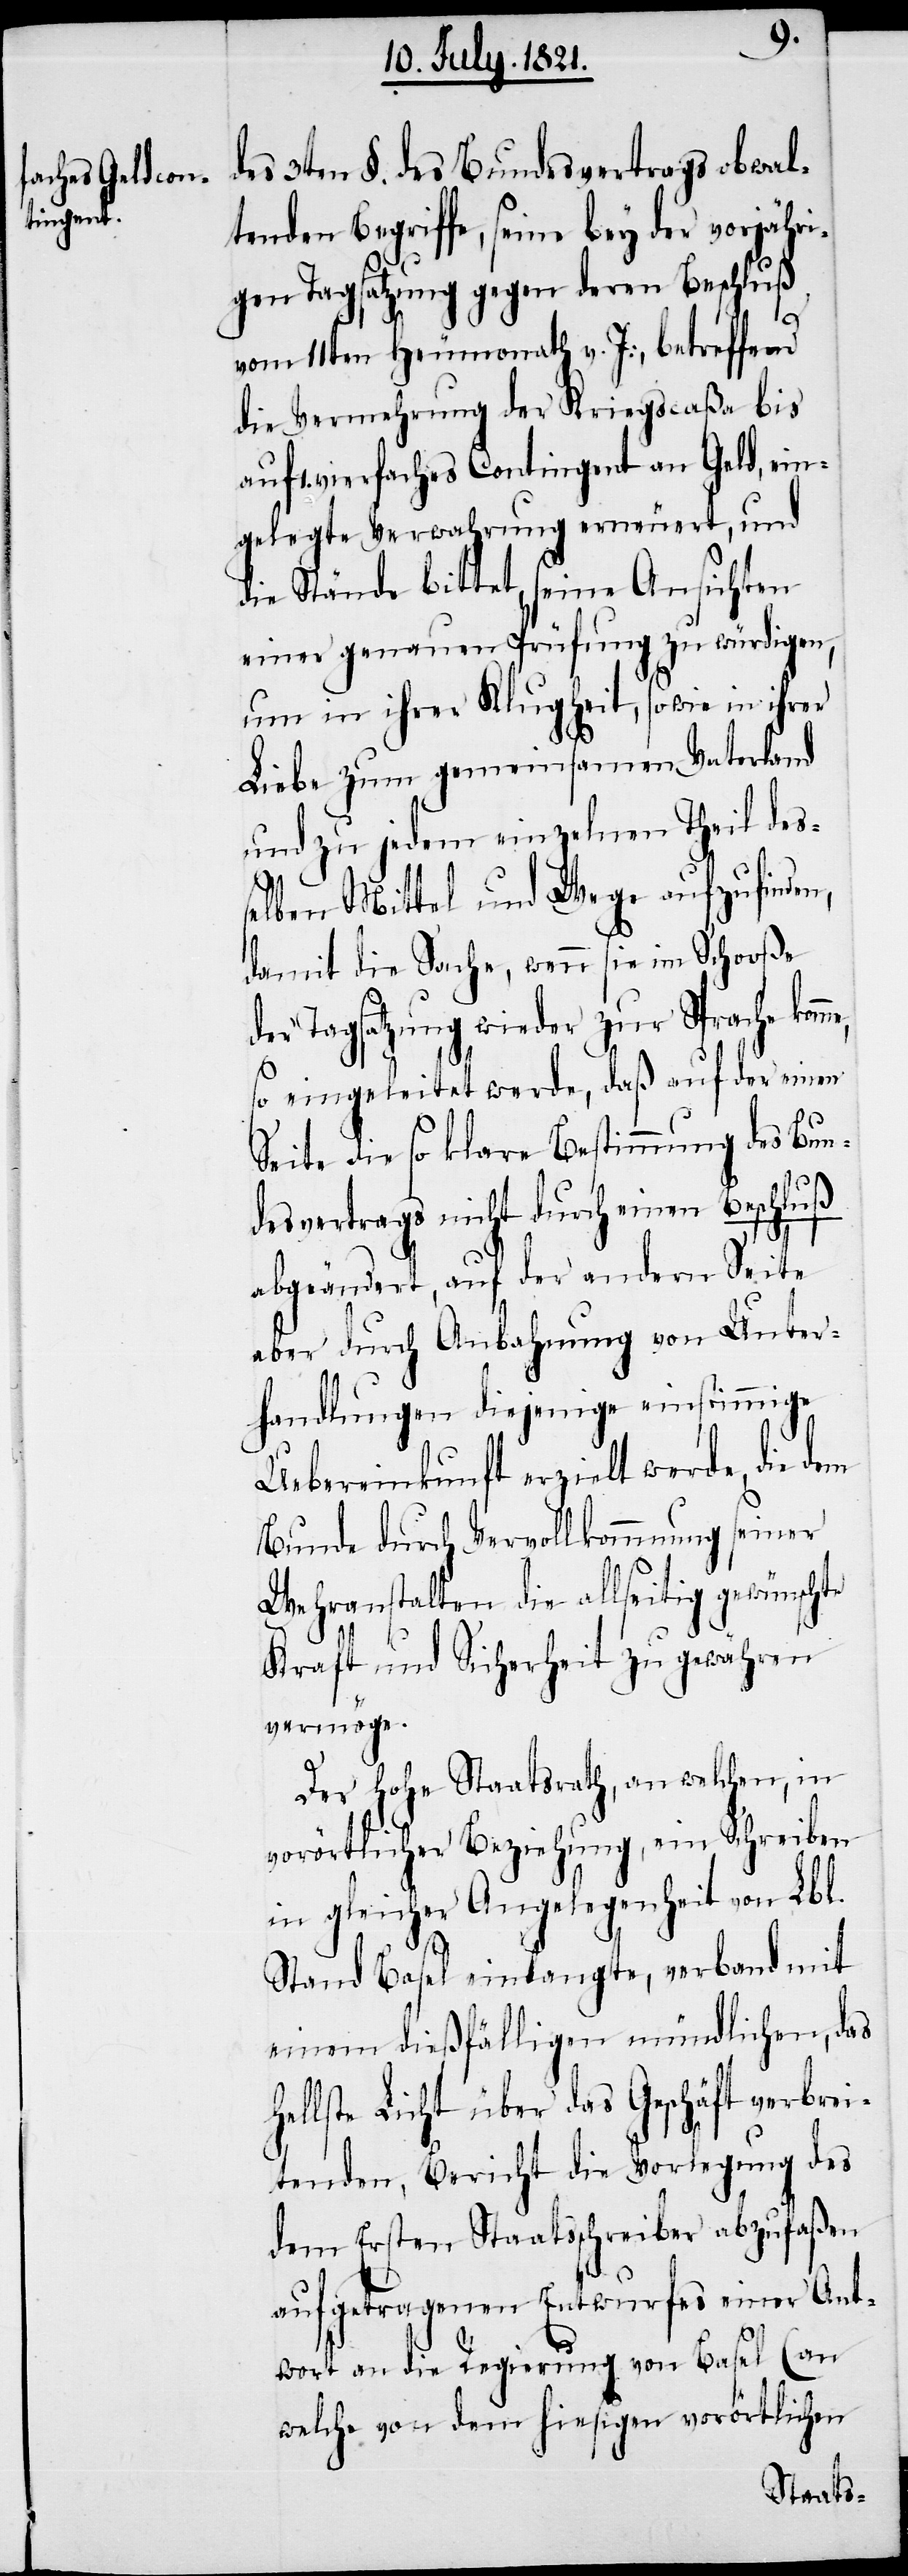
des 3ten §. des Bundesvertrags obwal¬
tenden Begriffe, seine bey der vorjähri¬
gen Tagsatzung gegen deren Beschluß
vom 11ten Heumonath v. J:, betreffend
die Vermehrung der Kriegscaßa bis
auf 1. vierfaches Contingent an Geld, ein¬
gelegte Verwahrung erneuert, und
die Stände bittet, seine Ansichten
einer genauen Prüfung zu würdigen,
um in ihrer Klugheit, sowie in ihrer
Liebe zum gemeinsamen Vaterland
und zu jedem einzelnen Theil des¬
selben Mittel und Wege aufzufinden,
damit die Sache, wenn sie im Schooße
der Tagsatzung wieder zur Sprache kom¬
so eingeleitet werde, daß auf der einen
Seite die so klare Bestimmung des Bun¬
desvertrags nicht durch einen Beschluß
abgeändert, auf der andern Seite
aber durch Anbahnung von Unter¬
handlungen diejenige einstimmige
Uebereinkunft erzielt werde, die dem
Bunde durch Vervollkommnung seiner
Wehranstalten die allseitig gewünschte
Kraft und Sicherheit zu gewähren
me,
vermöge.
Der hohe Staatsrath, an welchen, in
vorörtlicher Beziehung, ein Schreiben
in gleicher Angelegenheit von Lbl.
Stand Basel einlangte, verband mit
einem dießfälligen mündlichen, das
hellste Licht über das Geschäft verbrei¬
tenden, Bericht die Vorlegung des
dem Ersten Staatsschreiber abzufaßen
aufgetragenen Entwurfes einer Ant¬
wort an die Regierung von Basel (an
welche von dem hiesigen vorörtlichen